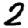
Digit: 2